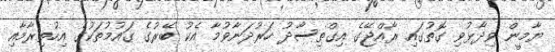
ޔާމީން ވިދާޅުވި ގޮތުގައި ރާއްޖޭގެ އިގްތިސާދު ހަރުދަނާވުމާ އެކު ބޭރުގެ ގައުމުތަކުގެ އިހުތިރާމާއި